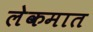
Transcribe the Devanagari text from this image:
लेकमात